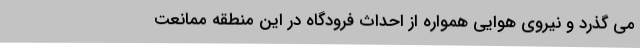
می گذرد و نیروی هوایی همواره از احداث فرودگاه در این منطقه ممانعت